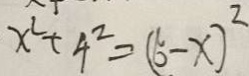
x ^ { 2 } + 4 ^ { 2 } = ( 6 - x ) ^ { 2 }